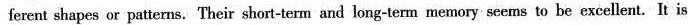
ferent shapes or patterns. Their short-term and long-term memory seems to be excellent. It is